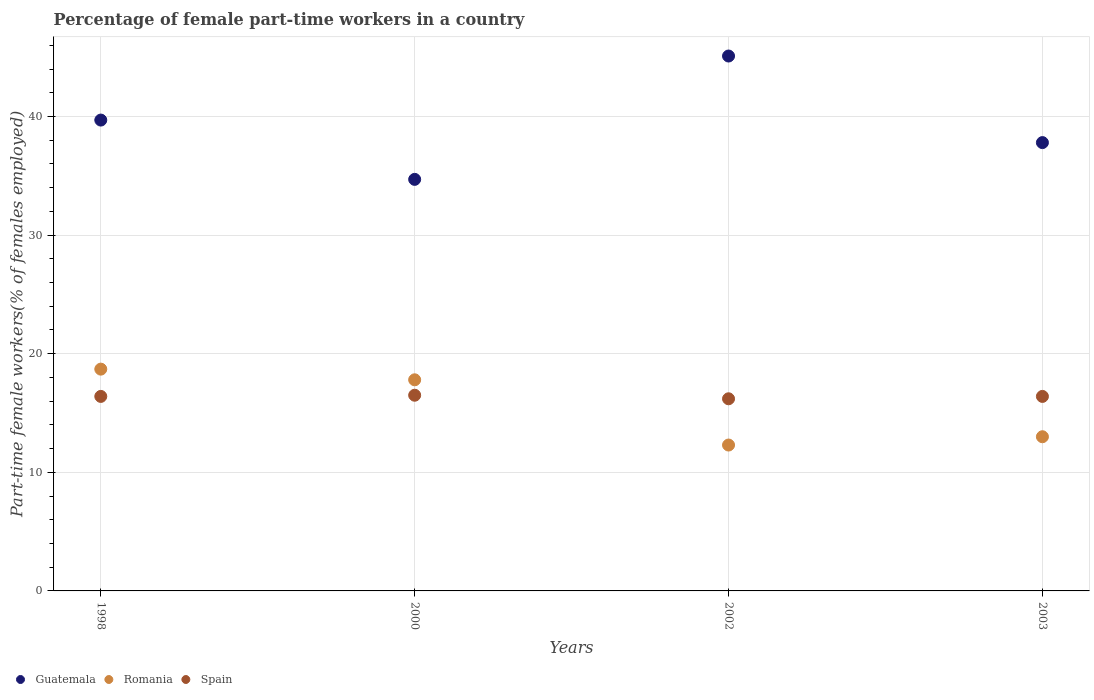
| Years | Guatemala | Romania | Spain |
 | --- | --- | --- | --- |
 | 1998 | 39.7 | 18.7 | 16.4 |
 | 2000 | 34.7 | 17.8 | 16.5 |
 | 2002 | 45.1 | 12.3 | 16.2 |
 | 2003 | 37.8 | 13 | 16.4 |